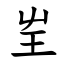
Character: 㞷